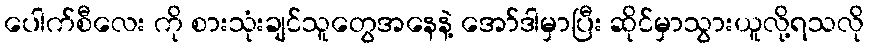
ပေါက်စီလေး ကို စားသုံးချင်သူတွေအနေနဲ့ အော်ဒါမှာပြီး ဆိုင်မှာသွားယူလို့ရသလို